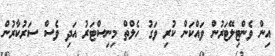
އިން ވެންޓިލޭޓަރުން ވައްކަން ކުރި ވަގު ހެލްތް މިނިސްޓަރު އަދި ވެސް ސަރުކާރުން